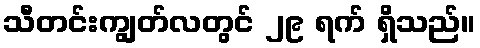
သီတင်းကျွတ်လတွင် ၂၉ ရက် ရှိသည်။